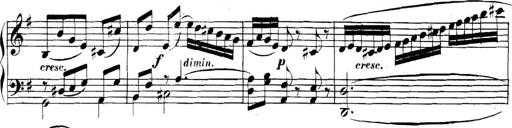
Title: Collected Piano Sonatas
Composer: Muzio Clementi